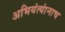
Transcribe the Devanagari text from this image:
अभियंत्यांनाच